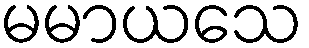
မမာယသေ